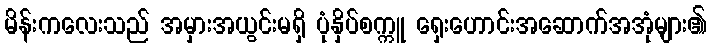
မိန်းကလေးသည် အမှားအယွင်းမရှိ ပုံနှိပ်စက္ကူ ရှေးဟောင်းအဆောက်အအုံများ၏